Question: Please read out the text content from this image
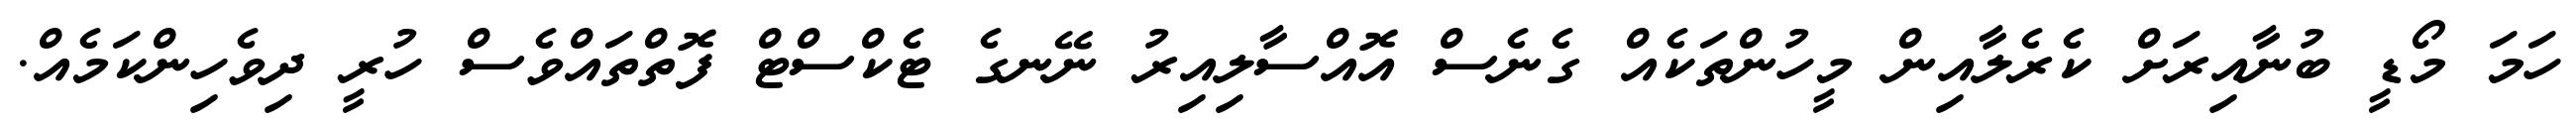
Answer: ހަމަ މޯޑީ ބުނާއިރަށް ކެރެލާއިން މީހުންތަކެއް ގެނެސް އޮއްސާލިއިރު ނޭނގެ ޓެކްސްޓް ފޮތްތައްވެސް ހުރީ ދިވެހިންކަމެއް.